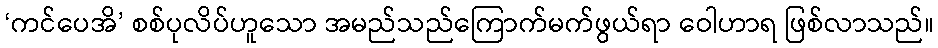
‘ကင်ပေအိ’ စစ်ပုလိပ်ဟူသော အမည်သည်ကြောက်မက်ဖွယ်ရာ ဝေါဟာရ ဖြစ်လာသည်။